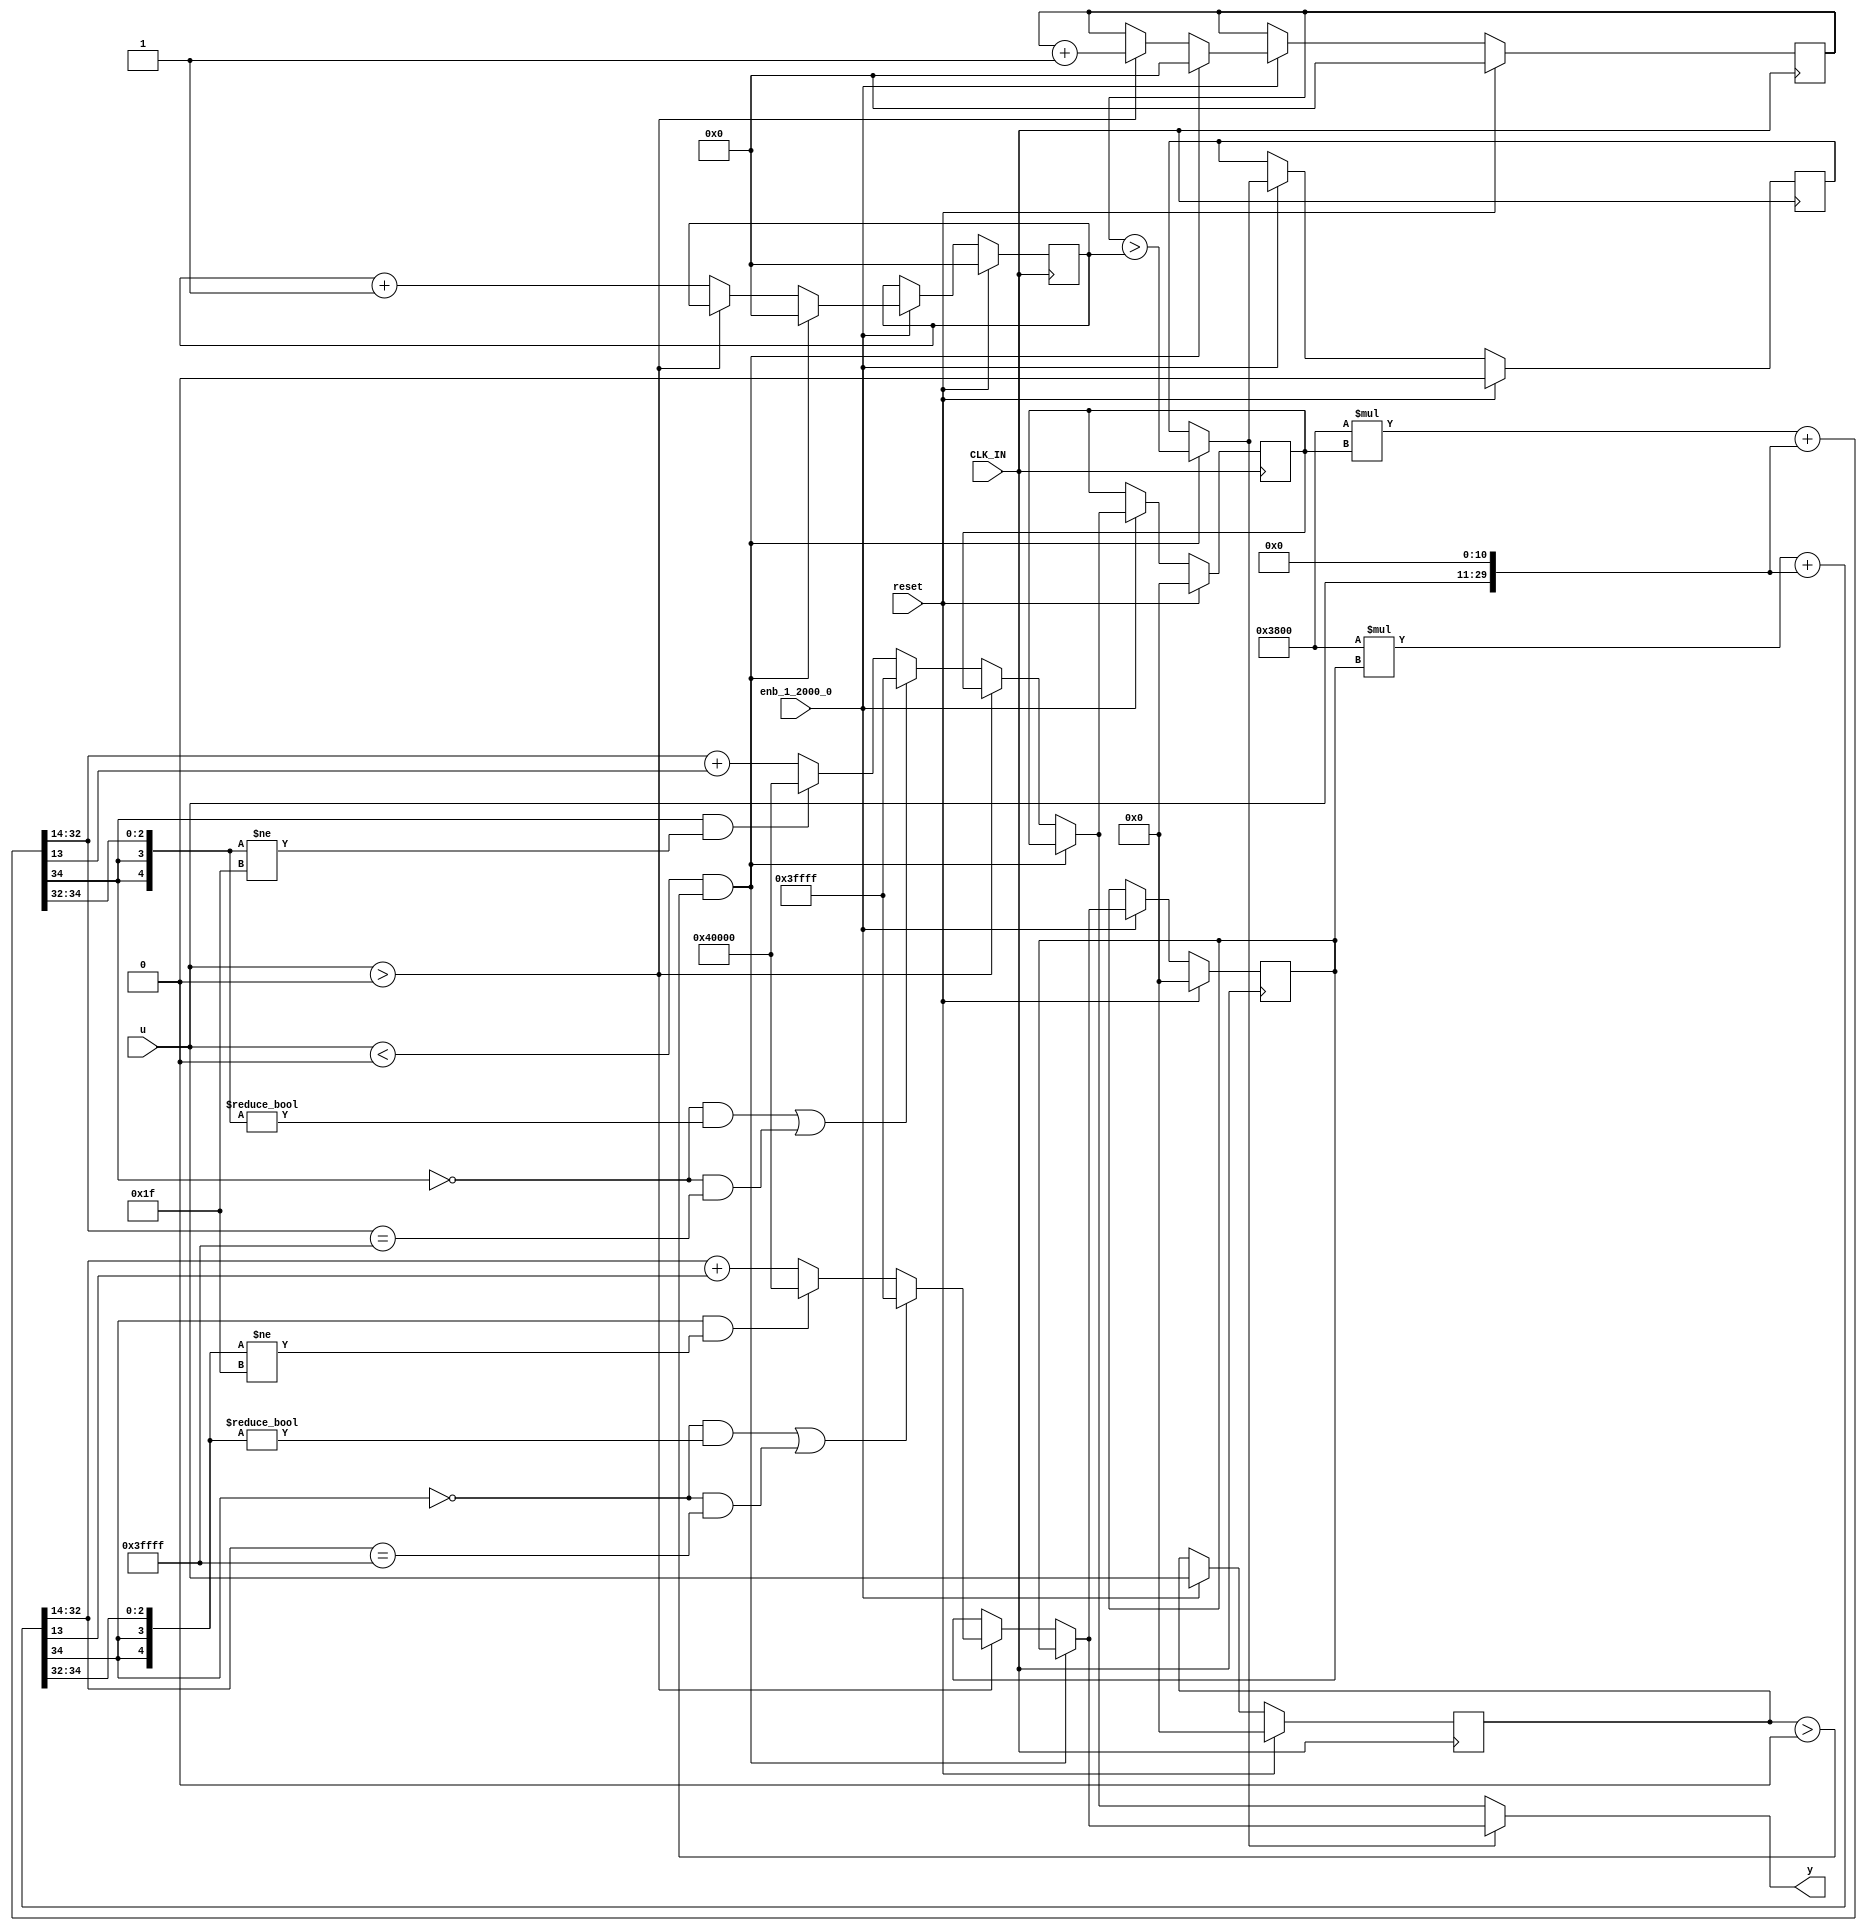
// -------------------------------------------------------------
// 
// 
// Generated by MATLAB 8.2 and HDL Coder 3.3
// 
// -------------------------------------------------------------


// -------------------------------------------------------------
// 
// Module: controllerHdl_MATLAB_Function_block3
// Source Path: controllerHdl/MATLAB Function
// Hierarchy Level: 2
// 
// -------------------------------------------------------------

`timescale 1 ns / 1 ns

module controllerHdl_MATLAB_Function_block3
          (
           CLK_IN,
           reset,
           enb_1_2000_0,
           u,
           y
          );


  input   CLK_IN;
  input   reset;
  input   enb_1_2000_0;
  input   signed [18:0] u;  // sfix19_En14
  output  signed [18:0] y;  // sfix19_En14


  reg signed [18:0] y_1;  // sfix19_En14
  reg  sel;
  reg [15:0] count_n;  // ufix16
  reg [15:0] count_p;  // ufix16
  reg signed [18:0] u_n1;  // sfix19
  reg signed [18:0] u_filter_p;  // sfix19
  reg signed [18:0] u_filter_n;  // sfix19
  reg  sel_next;
  reg [15:0] count_n_next;  // ufix16
  reg [15:0] count_p_next;  // ufix16
  reg signed [18:0] u_n1_next;  // sfix19_En14
  reg signed [18:0] u_filter_p_next;  // sfix19_En14
  reg signed [18:0] u_filter_n_next;  // sfix19_En14
  reg signed [37:0] a1_1;  // sfix38_En28
  reg signed [37:0] b1_1;  // sfix38_En28
  reg signed [37:0] c1_1;  // sfix38_En28
  reg signed [37:0] a1_0_1;  // sfix38_En28
  reg signed [37:0] b1_0_1;  // sfix38_En28
  reg signed [37:0] c1_0_1;  // sfix38_En28
  reg  sel_temp_1;
  reg signed [18:0] u_filter_p_temp_1;  // sfix19_En14
  reg signed [18:0] u_filter_n_temp_1;  // sfix19_En14


  always @(posedge CLK_IN)
    begin : MATLAB_Function_process
      if (reset == 1'b1) begin
        sel <= 1'b0;
        u_n1 <= 19'sb0000000000000000000;
        u_filter_p <= 19'sb0000000000000000000;
        u_filter_n <= 19'sb0000000000000000000;
        count_n <= 16'b0000000000000000;
        count_p <= 16'b0000000000000000;
      end
      else if (enb_1_2000_0) begin
        sel <= sel_next;
        count_n <= count_n_next;
        count_p <= count_p_next;
        u_n1 <= u_n1_next;
        u_filter_p <= u_filter_p_next;
        u_filter_n <= u_filter_n_next;
      end
    end

  always @(u, sel, count_n, count_p, u_n1, u_filter_p, u_filter_n) begin
    sel_temp_1 = sel;
    u_filter_p_temp_1 = u_filter_p;
    u_filter_n_temp_1 = u_filter_n;
    count_n_next = count_n;
    count_p_next = count_p;
    //MATLAB Function 'MATLAB Function': '<S4>:1'
    if ((u < 19'sb0000000000000000000) && (u_n1 > 19'sb0000000000000000000)) begin
      //'<S4>:1:25'
      sel_temp_1 = count_p > count_n;
      //'<S4>:1:26'
      count_n_next = 16'b0000000000000000;
      //'<S4>:1:27'
      count_p_next = 16'b0000000000000000;
    end
    else if (u > 19'sb0000000000000000000) begin
      //'<S4>:1:31'
      a1_0_1 = 14336 * u_filter_p;
      b1_0_1 = {{8{u[18]}}, {u, 11'b00000000000}};
      c1_0_1 = a1_0_1 + b1_0_1;
      if (((c1_0_1[37] == 1'b0) && (c1_0_1[36:32] != 5'b00000)) || ((c1_0_1[37] == 1'b0) && (c1_0_1[32:14] == 19'sb0111111111111111111))) begin
        u_filter_p_temp_1 = 19'sb0111111111111111111;
      end
      else if ((c1_0_1[37] == 1'b1) && (c1_0_1[36:32] != 5'b11111)) begin
        u_filter_p_temp_1 = 19'sb1000000000000000000;
      end
      else begin
        u_filter_p_temp_1 = c1_0_1[32:14] + $signed({1'b0, c1_0_1[13]});
      end
      //'<S4>:1:32'
      count_p_next = count_p + 1;
    end
    else begin
      //'<S4>:1:34'
      a1_1 = 14336 * u_filter_n;
      b1_1 = {{8{u[18]}}, {u, 11'b00000000000}};
      c1_1 = a1_1 + b1_1;
      if (((c1_1[37] == 1'b0) && (c1_1[36:32] != 5'b00000)) || ((c1_1[37] == 1'b0) && (c1_1[32:14] == 19'sb0111111111111111111))) begin
        u_filter_n_temp_1 = 19'sb0111111111111111111;
      end
      else if ((c1_1[37] == 1'b1) && (c1_1[36:32] != 5'b11111)) begin
        u_filter_n_temp_1 = 19'sb1000000000000000000;
      end
      else begin
        u_filter_n_temp_1 = c1_1[32:14] + $signed({1'b0, c1_1[13]});
      end
      //'<S4>:1:35'
      count_n_next = count_n + 1;
    end
    //'<S4>:1:39'
    u_n1_next = u;
    if (sel_temp_1) begin
      //'<S4>:1:40'
      //'<S4>:1:41'
      y_1 = u_filter_p_temp_1;
    end
    else begin
      //'<S4>:1:43'
      y_1 = u_filter_n_temp_1;
    end
    sel_next = sel_temp_1;
    u_filter_p_next = u_filter_p_temp_1;
    u_filter_n_next = u_filter_n_temp_1;
  end



  assign y = y_1;

endmodule  // controllerHdl_MATLAB_Function_block3